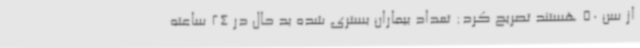
از سن 50 هستند تصریح کرد: تعداد بیماران بستری شده بد حال در 24 ساعته